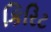
કિરિટ